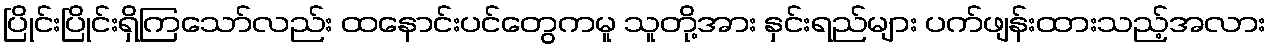
ပြိုင်းပြိုင်းရှိကြသော်လည်း ထနောင်းပင်တွေကမူ သူတို့အား နှင်းရည်များ ပက်ဖျန်းထားသည့်အလား